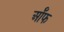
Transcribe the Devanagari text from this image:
र्ऑफ